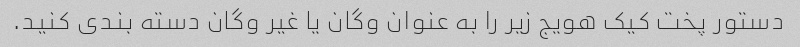
دستور پخت کیک هویج زیر را به عنوان وگان یا غیر وگان دسته بندی کنید.